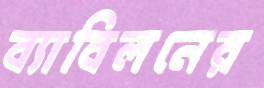
ব্যাবিলনের